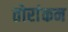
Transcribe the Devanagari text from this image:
तोरांकन